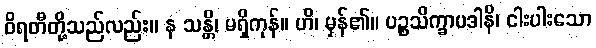
ဝိရတီတို့သည်လည်း။ န သန္တိ၊ မရှိကုန်။ ဟိ၊ မှန်၏။ ပဉ္စသိက္ခာပဒါနိ၊ ငါးပါးသော